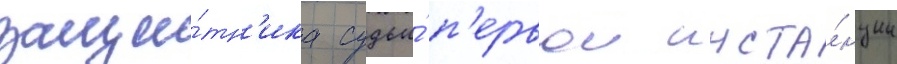
защи́тн'ика судьи́ п'ервои инста́нции